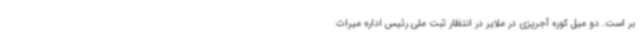
بر است. دو میل کوره آجرپزی در ملایر در انتظار ثبت ملی رئیس اداره میراث